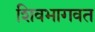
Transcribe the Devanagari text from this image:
शिवभागवत